Problem: 43 + 1 = ?
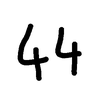
Handwritten answer: 44